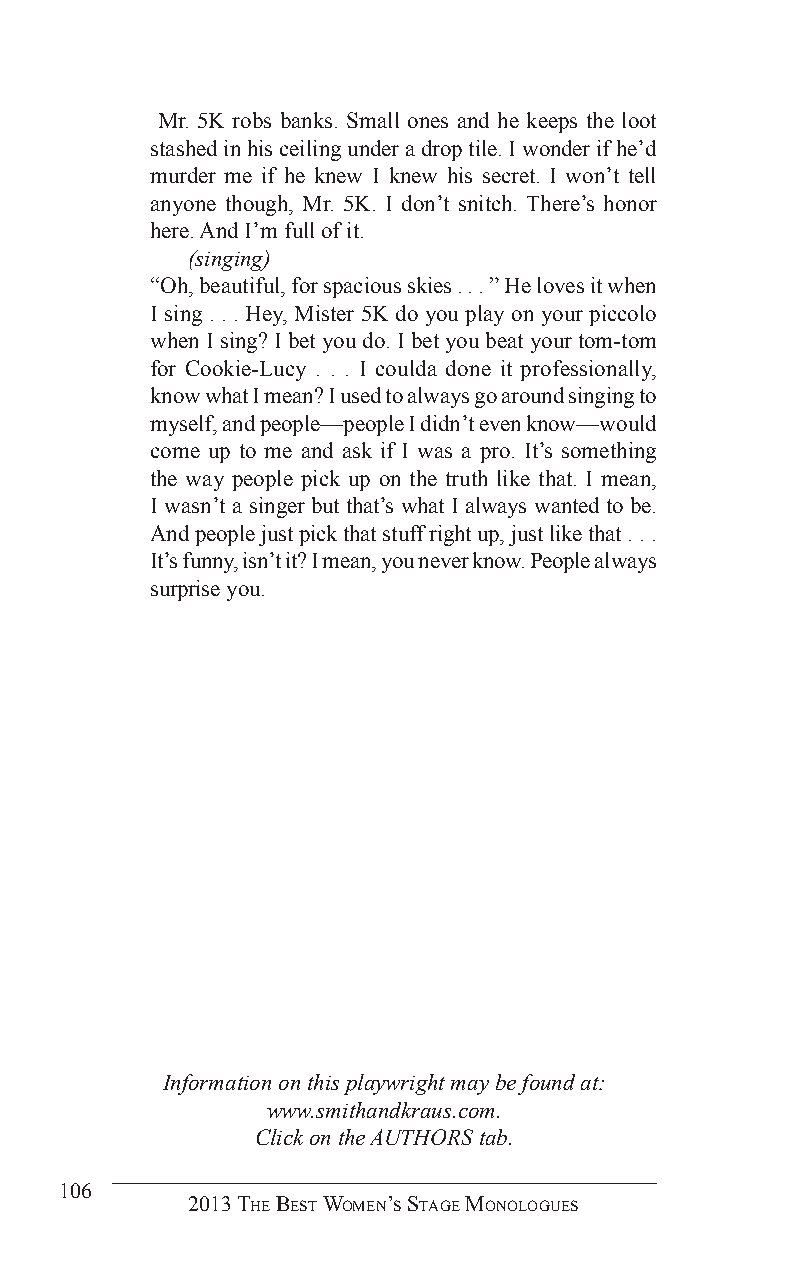
Mr. 5K robs banks. Small ones and he keeps the loot
 stashed in his ceiling under a drop tile. I wonder if he’d
 murder me if he knew I knew his secret. I won’t tell
 anyone though, Mr. 5K. I don’t snitch. There’s honor
 here. And I’m full of it.
 (singing)
 “Oh, beautiful, for spacious skies . . . ” He loves it when
 I sing . . . Hey, Mister 5K do you play on your piccolo
 when I sing? I bet you do. I bet you beat your tom-tom
 for Cookie-Lucy . . . I coulda done it professionally,
 know what I mean? I used to always go around singing to
 myself, and people—people I didn’t even know—would
 come up to me and ask if I was a pro. It’s something
 the way people pick up on the truth like that. I mean,
 I wasn’t a singer but that’s what I always wanted to be.
 And people just pick that stuff right up, just like that . . .
 It’s funny, isn’t it? I mean, you never know. People always
 surprise you.
 Information on this playwright may be found at:
 www.smithandkraus.com.
 Click on the AUTHORS tab.
 106
 2013 The BesT Women’s sTage monologues